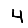
Digit: 4